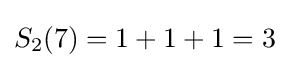
S_{2}(7)=1+1+1=3